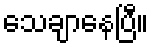
သေချာနေပြီ။